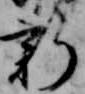
新